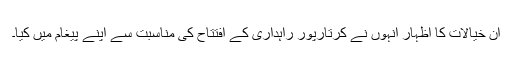
ان خیالات کا اظہار انہوں نے کرتارپور راہداری کے افتتاح کی مناسبت سے اپنے پیغام میں کیا۔